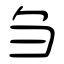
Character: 刍